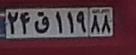
۲۴ق۱۱۹۸۸